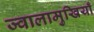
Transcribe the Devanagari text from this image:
ज्वालामुखियाँ